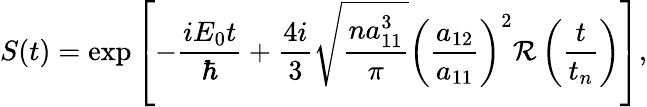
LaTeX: S(t)=\exp\left[-\frac{iE_{0}t}{\hbar}+\frac{4i}{3}\sqrt{\frac{na_{11}^{3}}{\pi}}\left(\frac{a_{12}}{a_{11}}\right)^{2}\mathcal{R}\left(\frac{t}{t_{n}}\right)\right],